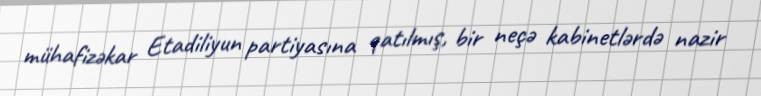
mühafizəkar Etadiliyun partiyasına qatılmış, bir neçə kabinetlərdə nazir